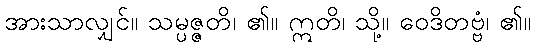
အားသာလျှင်။ သမ္ပဇ္ဇတိ၊ ၏။ ဣတိ၊ သို့။ ဝေဒိတဗ္ဗံ၊ ၏။